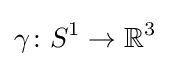
\gamma \colon S^{1}\to \mathbb {R} ^{3}